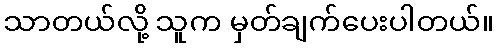
သာတယ်လို့ သူက မှတ်ချက်ပေးပါတယ်။